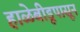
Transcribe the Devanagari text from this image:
हाळेबीडूपासून